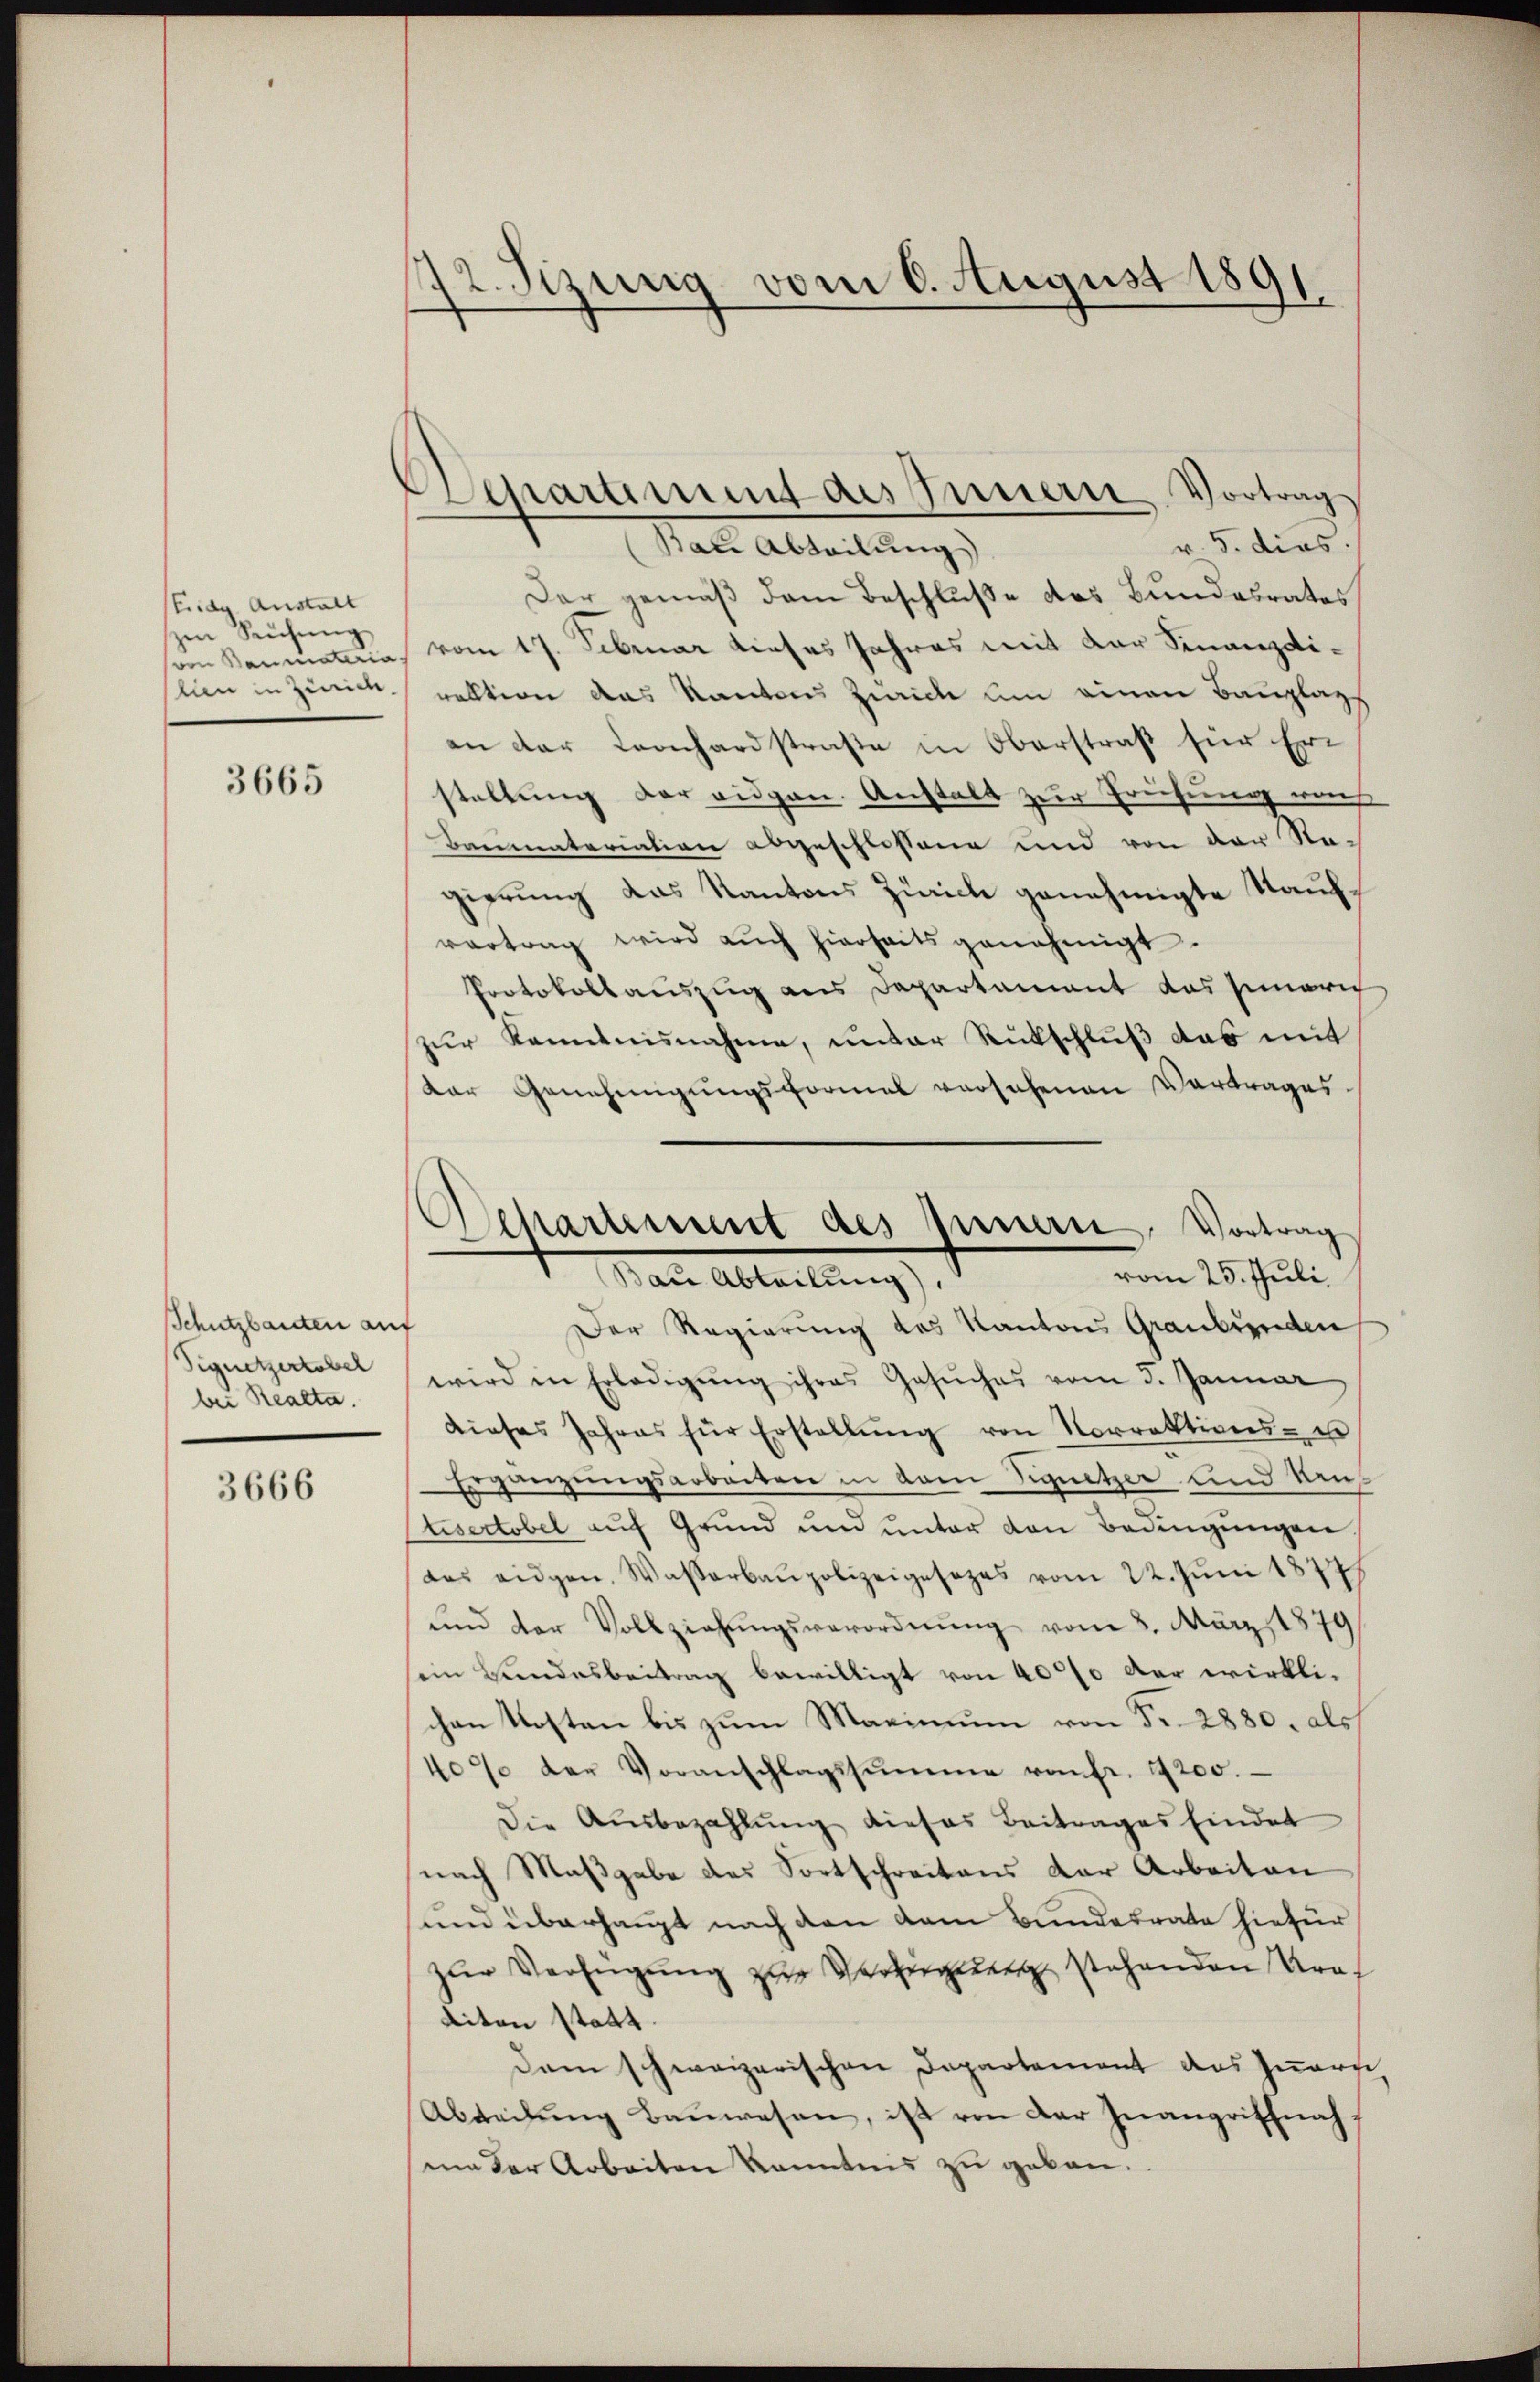
Eidg. Anstalt
zen Reichung
kan in Zürich.

3665

Schutzbauten an
Signetzertobel
bei Realta.

3666

12. Sizung vom 6. August 1891.

Departiment des Innern Vortrag
v. 5. dies.
Bal Abteilung
Der gemäß dem Beschluße des Bundesrates
oon Baumateria, vom 17. Februar dieses Jahres mit der Finanzdirektion das Kantons Zürich um einen Bauplag
an der Leonhardstraße in Oberstraß für Erstellung der eidgen. Anstalt zur Prüfung weiß
Baumateriation abgeschlossene und von der Nagierung das Kantons Zürich genehmigte Kaufvertrag wird auch hierseits genehmigt.
Protokollauszug aus Departament das seinerich
zur Kenntnisnahme, unter Rückschluß das mit
Der Genehmigŭngsformel versehenen Vortrages
vom 25. Juli.
¬
Der Regierung des Kantons Graubünden
wird in Erledigŭng ihres Gesŭches vom 5. Januar
dieses Jahres für Erstellŭng von Norrektions- u
Ergänzungsarbeiten in vom Signetzer und Neu
tisertobel aŭf Grŭnd und ŭnter den Bedingŭngen.
das eidgen. Wasserbaupolizeigesezes vom 22. Juni 1877
und der Vollziehungsverordnung vom 8. März 1879
sein Bundesbeitrag bewilligt von 4000 der wirklichen Kosten bis zum Maximum von Fr. 2880. als
40% der Voranschlagssumme von fr. 4200.
Die Ausbezahlung dieses Beitrages findet
nach Maßgabe des Fortschreitens der Arbeiten
und überhaupt nach den vom Bundesrate hiefür
zŭr Verfügŭng zŭr Verfügung stehenden Uraliten statt.
Dam schweizerischen Departement des Zuerse
Abteilung Bauwesen, ist von der Inangriffnahin der Arbeiten kanntnis zu geben.

Departement des Innern, Vortrag
Bau Abteilung).